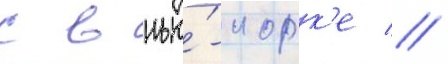
с в нью́-иорк'е //